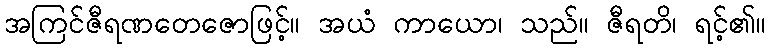
အကြင်ဇီရဏတေဇောဖြင့်။ အယံ ကာယော၊ သည်။ ဇီရတိ၊ ရင့်၏။